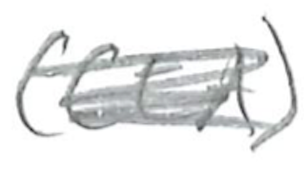
Text: (CEA)
Cross-out: scratch
Writing tool: pencil